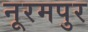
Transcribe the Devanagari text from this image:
नूरमपुर